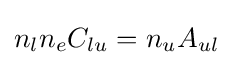
n_{l}n_{e}C_{lu}=n_{u}A_{ul}